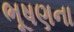
ભૂષણના